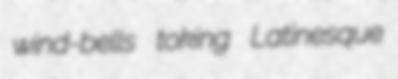
wind-bells toking Latinesque